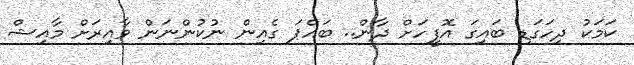
ކަމަކު ދިހަގަޑި ބައިގަ އޮފީހަށް ދާން.. ބައްޕަ ގެއިން ނުކުންނަން ވާއިރަށް މާއިޝް